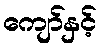
ကျော်နှင့်